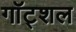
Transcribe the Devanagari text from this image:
गॉट्शल